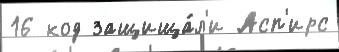
16 код защища́л'и Асп'ирс